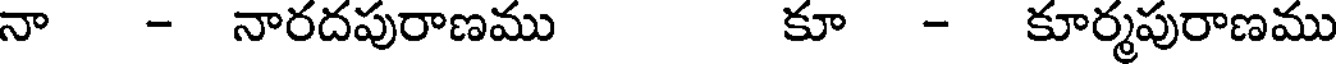
నా - నారదపురాణము కూ - కూర్మపురాణము